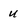
Character: u